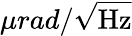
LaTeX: \mu rad/\sqrt{\textrm{Hz}}